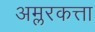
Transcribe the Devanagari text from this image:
अम्लरकत्ता